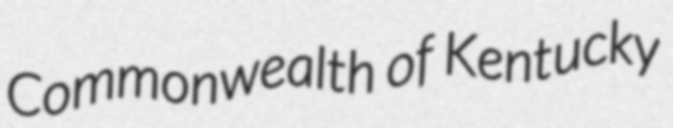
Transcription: Commonwealth of Kentucky